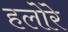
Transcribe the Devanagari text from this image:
हलोरे